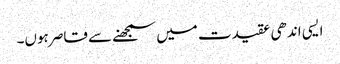
ایسی اندھی عقیدت میں سمجھنے سے قاصر ہوں۔